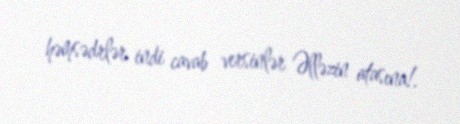
həmsədrlər indi cavab versinlər Əlləzin atasına!.